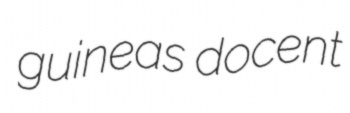
guineas docent